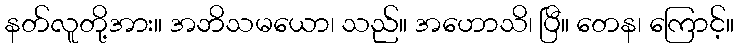
နတ်လူတို့အား။ အဘိသမယော၊ သည်။ အဟောသိ၊ ပြီ။ တေန၊ ကြောင့်။